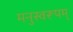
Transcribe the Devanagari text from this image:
मनुस्वरूपम्